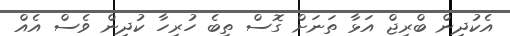
އެކުދިން ބްރިޖް އަޅާ ތަނަށް ގޮސް ތިބެ ހުރިހާ ކުދިން ވެސް އެއް